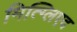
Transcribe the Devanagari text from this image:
मित्ग्लिएद